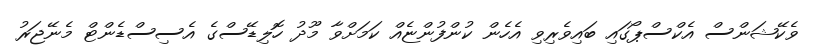
ވެކޭޝަންސް އެކްސްޕޯގައި ބައިވެރިވި އެހެން ކުންފުންޏެއް ކަމަށްވާ މޫދު ހޮލިޑޭސްގެ އެސިސްޑެންޓް މެނޭޖަރު